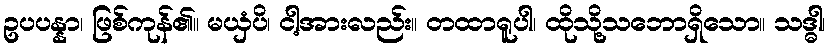
ဥပပန္နာ၊ ဖြစ်ကုန်၏။ မယှံပိ၊ ငါ့အားလည်း။ တထာရူပါ၊ ထိုသို့သဘောရှိသော။ သဒ္ဓါ၊